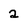
Character: 2